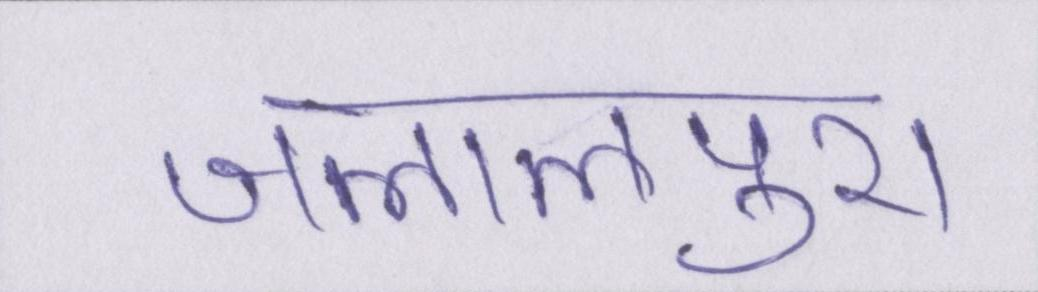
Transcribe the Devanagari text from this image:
जलालपुरा